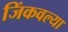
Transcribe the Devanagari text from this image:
जिंकवल्या